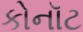
કોનૉટ